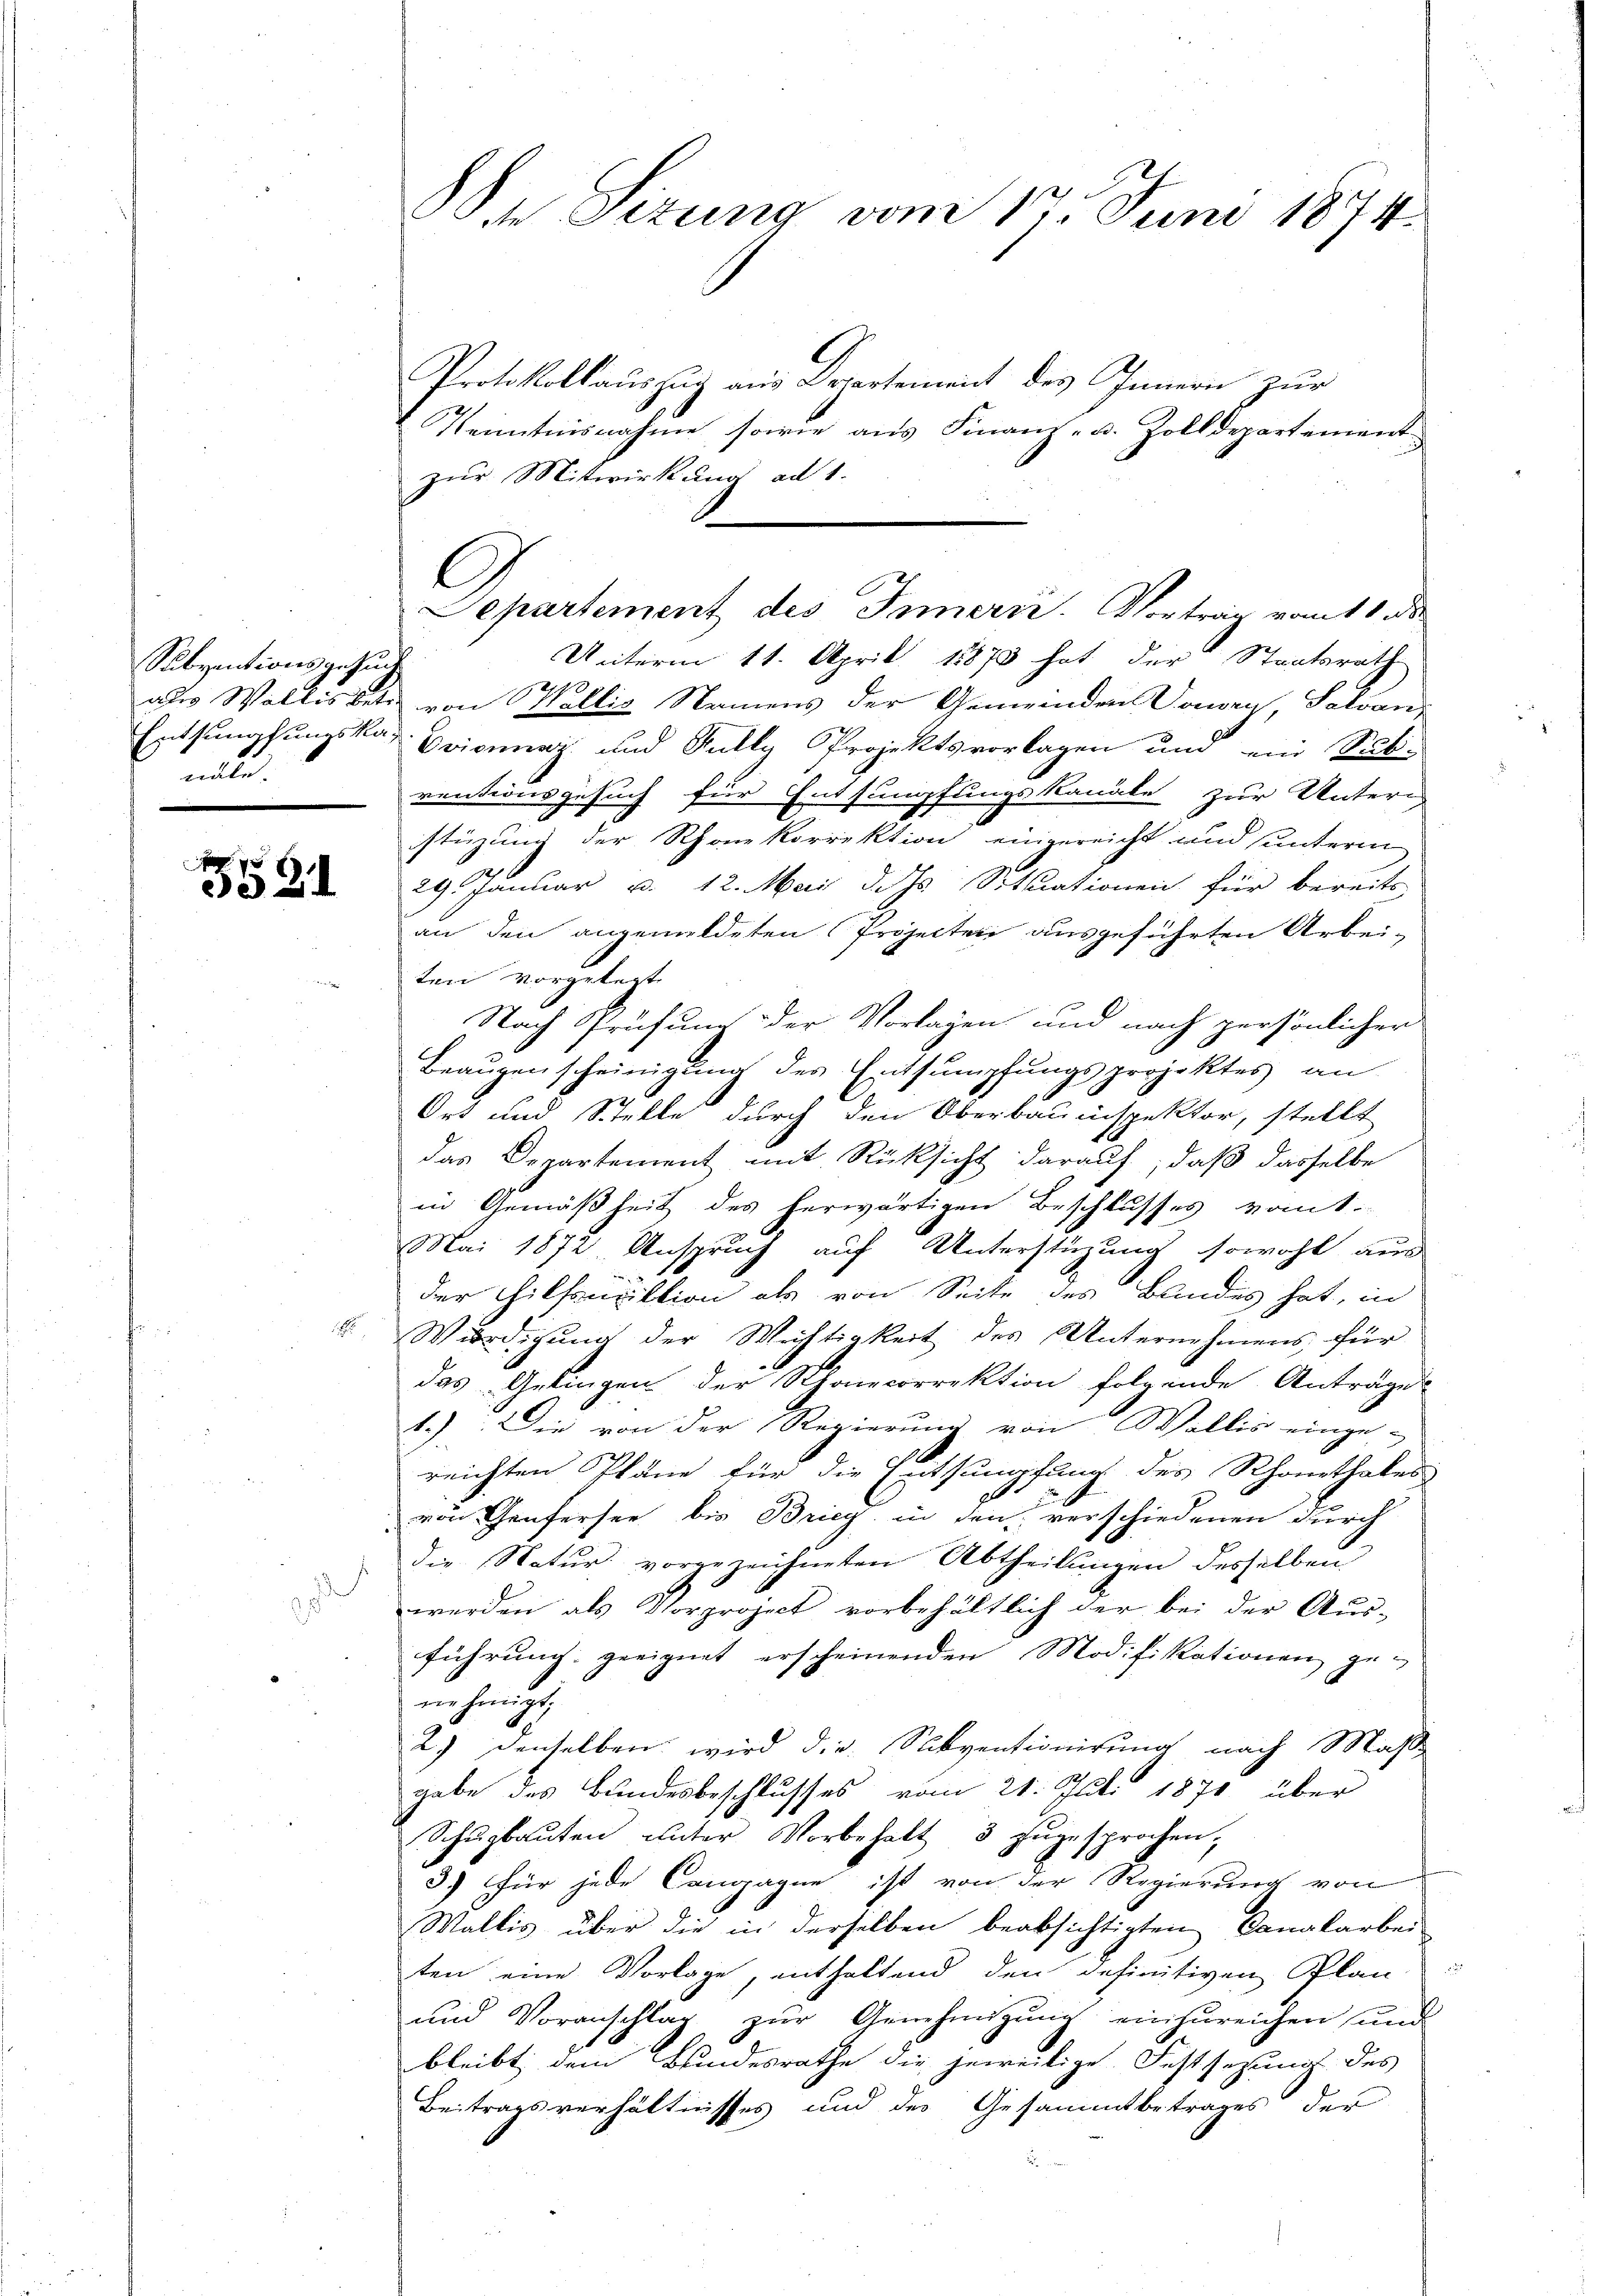
Subventionsgesuch
mte.

f

Protokollaŭszŭg ans Departement des Innern zur
Kenntnisnahme sowie aus Finanz- u. Zolldepartement
zur Mitwirkung ad 1.
Unterm 11. April 18873 hat der Staatsräth
aus Wallis betr. von Wallis Namens der Gemeinden Donay, Salvan
Entsumpfungskar Criminar und Gully Projekts vorlagen und ein Sitrentionsgesuch für Entsumpfungskanale zur Unteri
stüzung der Rhonkorrektion eingereicht und sunterin
 29. Januar u. 12. Mai d. Js Situationen für bereits
an den angemeldeten Projecten ausgeführten Arbei-
ten vorgelegt.
Nach Prüfung der Vorlagen und nach persönlicher
Beaugenscheinigung des Entsumpfungsprojektes an
Ort und Stelle durch den Oberbauinspektor, stellt
das Departement mit Rücksicht darauf, daß dasselbe
in Gemäßheit des herwärtigen Beschlusses vom 1.
Mai 1872, Anspruch auf Unterstüzung sowohl aus
der Hilfsuuktion als von Seite des Blindes hat, in
 Würdigung der Wichtigkeit des Unternehmens für
das Gelingen der Schonecorrektion folgende Anträge
1.) Die von der Regierung von Wallis einge-
reichten Pläne für die Entsumpfung des Rhonethales
von Genfersee bis Brieg in den verschiedenen durch
die Natŭr vorgezeichneten Abtheilŭngen desselben
werden als Vorproject vorbehältlich der bei der Aus-
führung geeignet erscheinenden Modifikationen ge-
nehmigt,
2) denselben wird die Subventionirung nach Mas
gabe des Bundesbeschlusses vom 21. Juli 1871 über
Schŭgbaŭten unter Vorbehalt 3 zugesprochen,
3) für jede Cangagen ist von der Regierung von
Wallis über die in derselben beabsichtigten Canalarbei
ten eine Vorlage, enthaltend den definitiven Plan
und Voranschlag zŭr Genehmigŭng einzŭreichen und
bleibt dem Bundesrathe die jeweilige Festsezung des
Beitragsverhältnisses und des Gesammtbetrages der

n Sizung vom 17. Juni 1874.

Separtement des Innern. Vortrag vom 11 d